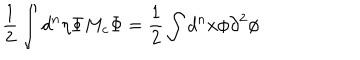
\frac { 1 } { 2 } \int { d ^ { n } \eta } { \Phi } { M _ { c } } { \Phi } = \frac { 1 } { 2 } \int { d ^ { n } x } { \phi } { \partial } ^ { 2 } { \phi }